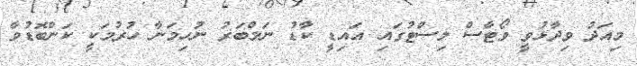
މިއަދު ވިދާޅުވީ ވޯޓާސް ލިސްޓުގައި އައިޑީ ކާޑު ނަމްބަރު ނުހިމަނާ ހުރުމަކީ ކަންބޮޑުވާ